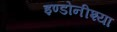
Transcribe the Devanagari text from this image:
इण्डोनीश्या